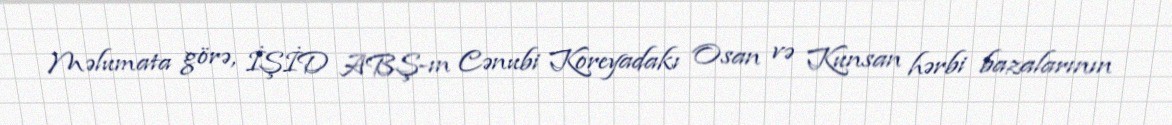
Məlumata görə, İŞİD ABŞ-ın Cənubi Koreyadakı Osan və Kunsan hərbi bazalarının